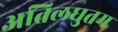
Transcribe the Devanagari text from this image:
अतिलघुतम